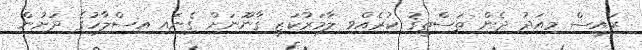
ރައީސް މިއަދު ދެން ތަސްތީޤު ކުރެއްވި ލާމަރުކަޒީ ޤާނޫނަށް ގެނައި އިސްލާހުގެ ދަށުން